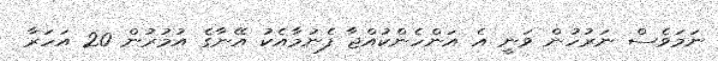
ނަމަވެސް ނަރުހުން ވަނީ އެ އަންހެންކުއްޖާ ފެނުމާއެކު އޭނާގެ އުމުރުން 20 އަހަރާ